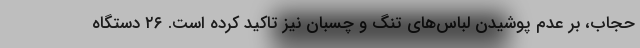
حجاب، بر عدم پوشیدن لباس‌های تنگ و چسبان نیز تاکید کرده است. ۲۶ دستگاه